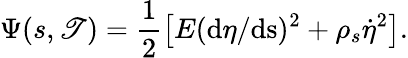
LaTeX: \Psi(s,\mathscr{T})=\frac{{1}}{{2}}\left[E(\mathrm{{d}}\eta/\mathrm{{ds}})^{2}+\rho_{s}\dot{{\eta}}^{2}\right].